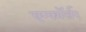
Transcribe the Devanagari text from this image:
एन्फाॅर्सर